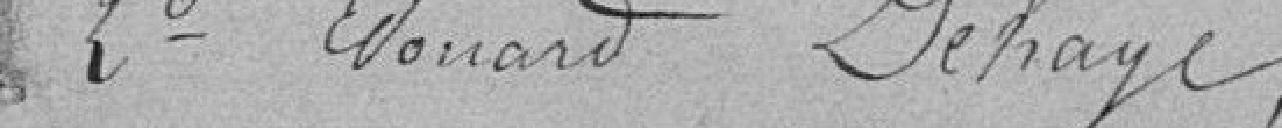
2° Edouard Dehaye,